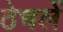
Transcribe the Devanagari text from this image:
ठेचलें